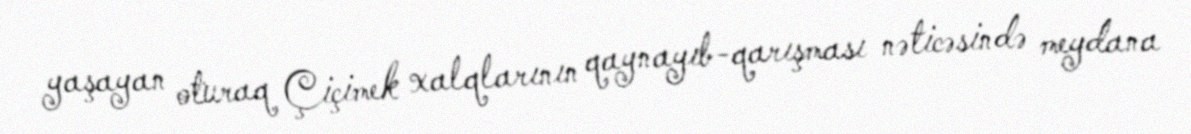
yaşayan oturaq Çiçimek xalqlarının qaynayıb-qarışması nəticəsində meydana